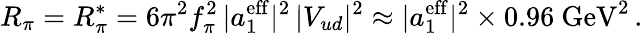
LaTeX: R_{\pi}=R_{\pi}^{*}=6\pi^{2}f_{\pi}^{2}\, |a_{1}^{\mathrm{eff}}|^{2}\, |V_{ud}|^{2}\approx|a_{1}^{\mathrm{eff}}|^{2}\times 0.96~\mathrm{GeV}^{2}\, .